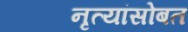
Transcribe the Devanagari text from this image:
नृत्यांसोबत